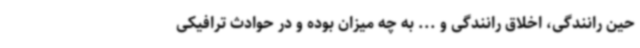
حین رانندگی، اخلاق رانندگی و ... به چه میزان بوده و در حوادث ترافیکی